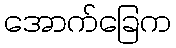
အောက်ခြေက